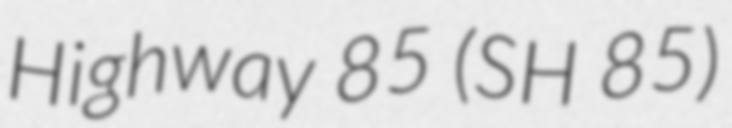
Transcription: Highway 85 (SH 85)